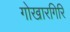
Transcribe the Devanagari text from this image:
गोखारगिरि